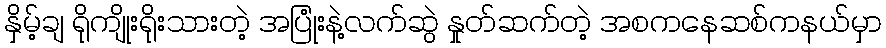
နှိမ့်ချ ရိုကျိုးရိုးသားတဲ့ အပြုံးနဲ့လက်ဆွဲ နှုတ်ဆက်တဲ့ အစကနေဆစ်ကနယ်မှာ